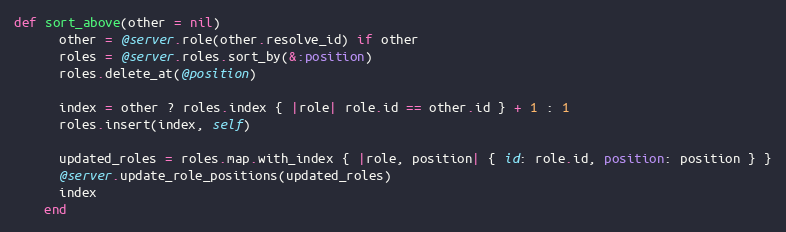
Language: Ruby
def sort_above(other = nil)
      other = @server.role(other.resolve_id) if other
      roles = @server.roles.sort_by(&:position)
      roles.delete_at(@position)

      index = other ? roles.index { |role| role.id == other.id } + 1 : 1
      roles.insert(index, self)

      updated_roles = roles.map.with_index { |role, position| { id: role.id, position: position } }
      @server.update_role_positions(updated_roles)
      index
    end